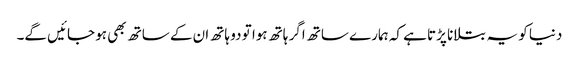
دنیا کو یہ بتلانا پڑتا ہے کہ ہمارے ساتھ اگر ہاتھ ہوا تو دو ہاتھ ان کے ساتھ بھی ہو جائیں گے۔